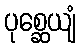
ပုစ္ဆေယျံ